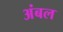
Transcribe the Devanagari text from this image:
अंबल